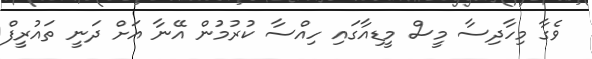
ވެގާ މިހާދިސާ މީސް މީޑިއާގައި ހިއްސާ ކުރުމުން އޭނާ އަށް ދަނީ ތައުރީފް